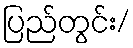
ပြည်တွင်း/